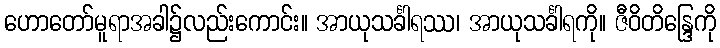
ဟောတော်မူရာအခါ၌လည်းကောင်း။ အာယုသင်္ခါရဿ၊ အာယုသင်္ခါရကို။ ဇီဝိတိန္ဒြေကို